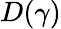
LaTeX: D(\gamma)